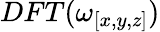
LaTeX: DFT(\omega_{[x,y,z]})